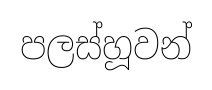
පලස්හූවන්